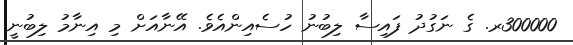
300000ރ. ގެ ނަގުދު ފައިސާ ލިބުނު ހުސެއިންއެވެ. އޭނާއަށް މި އިނާމު ލިބުނީ